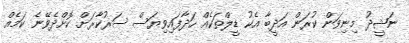
ނަޝީދު މިނިވަން ކުރަން އަދީބާ އެކު ޑީލްތަކެއް ހަދާފައިވިޔަސް ސަރުކާރަށް ކޮށްދެވޭނެ ކަމެއް